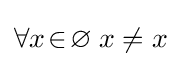
\forall x\!\in \!\varnothing \;x\neq x